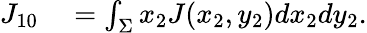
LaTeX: \begin{array}{rl}{{J_{10}}}&{{}=\int_{\Sigma}{{x_{2}}J({x_{2}},{y_{2}})d{x_{2}}d{y_{2}}}}\end{array}.